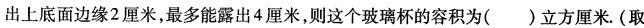
出上底面边缘2厘米，最多能露出4厘米，则这个玻璃杯的容积为()立方厘米。(取